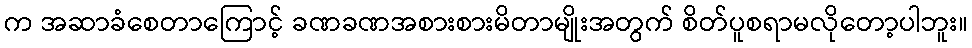
က အဆာခံစေတာကြောင့် ခဏခဏအစားစားမိတာမျိုးအတွက် စိတ်ပူစရာမလိုတော့ပါဘူး။